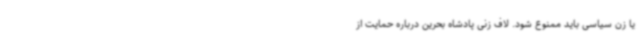
یا زن سیاسی باید ممنوع شود. لاف زنی پادشاه بحرین درباره حمایت از